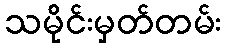
သမိုင်းမှတ်တမ်း